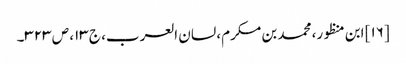
[۱۶] ابن منظور، محمد بن مکرم، لسان العرب، ج ۱۳، ص ۳۲۳۔